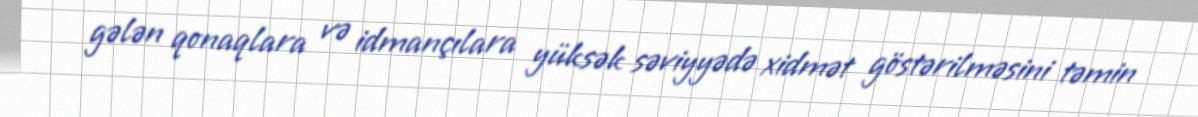
gələn qonaqlara və idmançılara yüksək səviyyədə xidmət göstərilməsini təmin